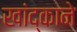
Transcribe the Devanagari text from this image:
खांद्काने